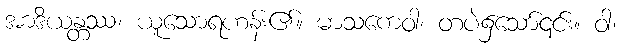
အာဒိယန္တဿ၊ ယူသောရဟန်း၏။ မာသကေဝါ၊ တပဲ၌သော်၎င်း။ ဝါ၊